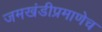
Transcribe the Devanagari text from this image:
जमखंडीप्रमाणेच